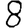
Digit: 8